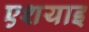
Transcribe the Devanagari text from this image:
एशयाइ